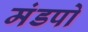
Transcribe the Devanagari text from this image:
मंडपो